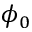
\phi _ { 0 }